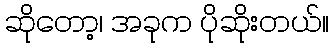
ဆိုတော့၊ အခုက ပိုဆိုးတယ်။